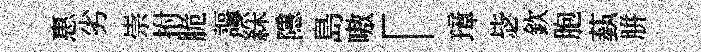
惠劣崇拊脆謳綵隱島嗷「璋毖欽胞蓺胼